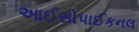
આઈસોપાઈકનલ